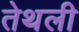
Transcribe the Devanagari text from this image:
तेथली